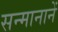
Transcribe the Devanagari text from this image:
सन्मानानें